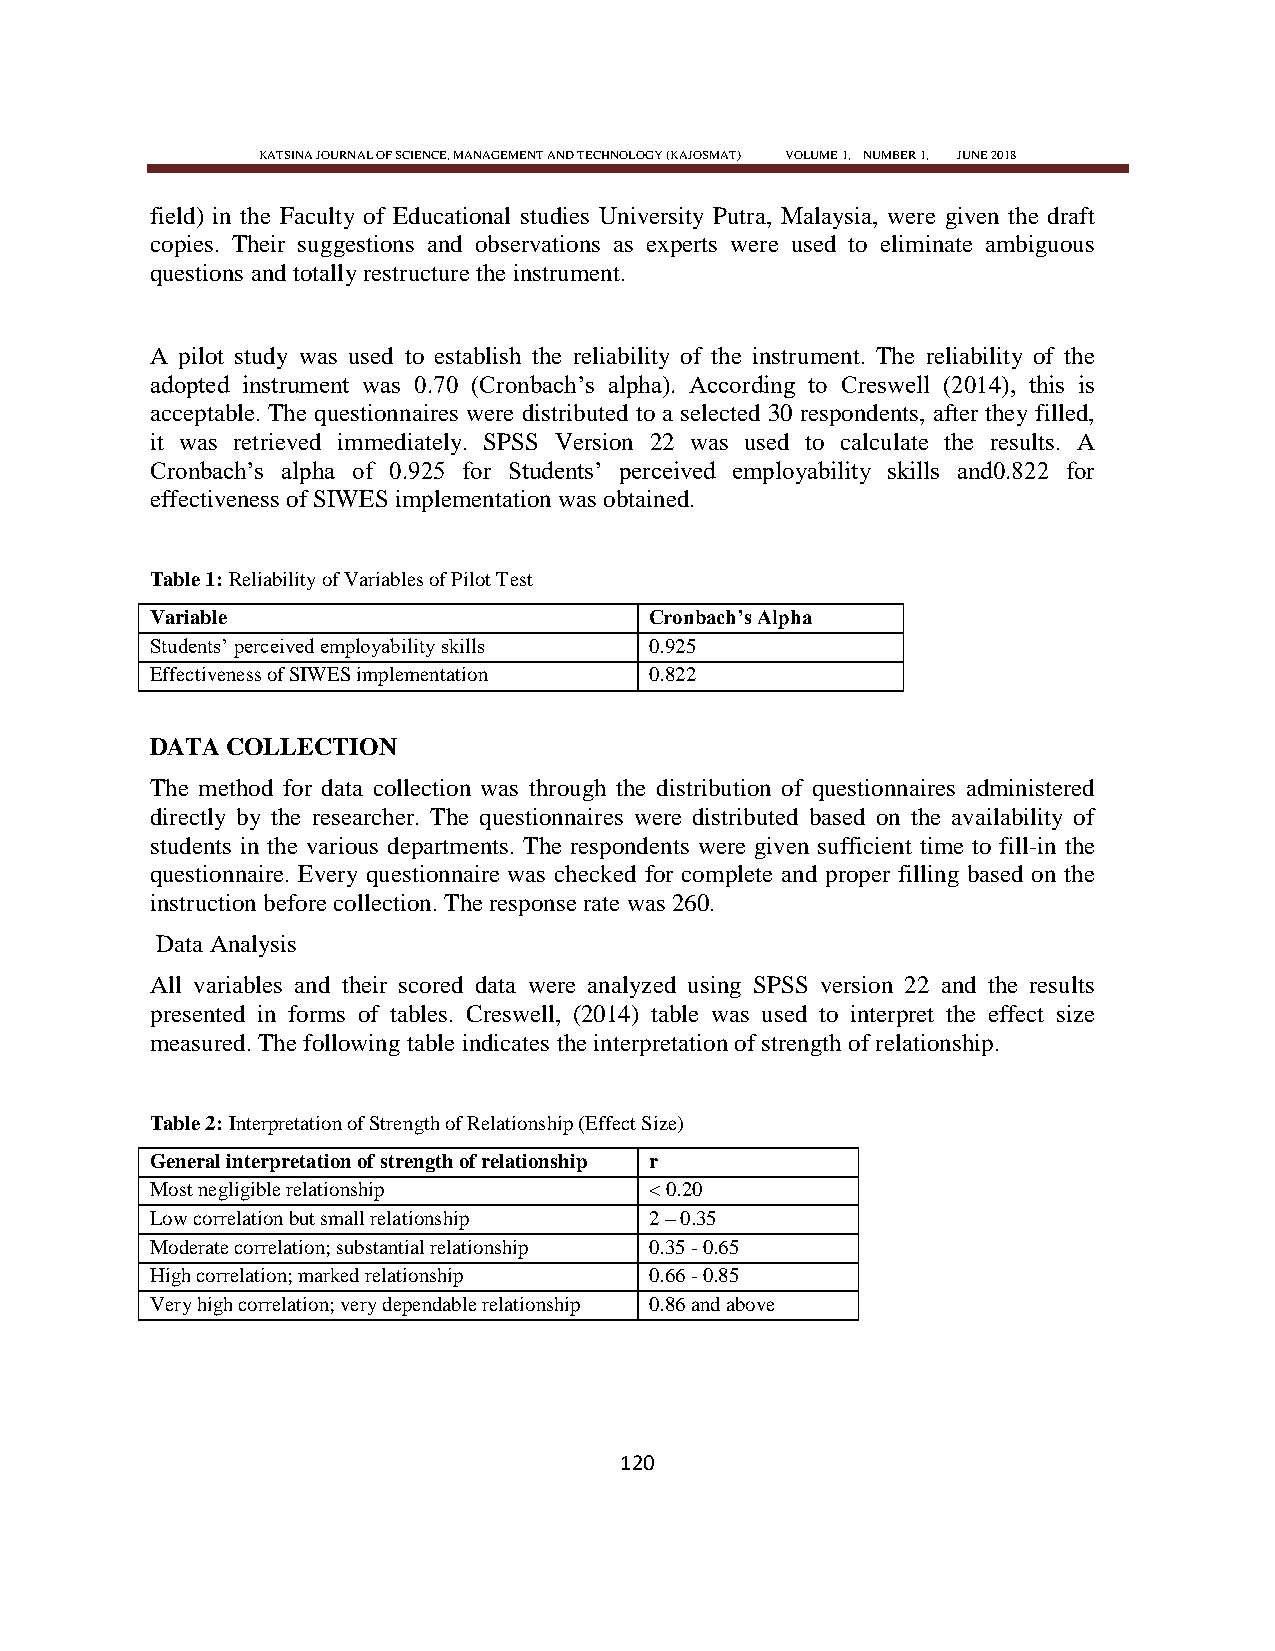
KATSINA JOURNAL OF SCIENCE, MANAGEMENT AND TECHNOLOGY (KAJOSMAT) VOLUME 1, NUMBER 1, JUNE 2018
 field) in the Faculty of Educational studies University Putra, Malaysia, were given the draft
 copies. Their suggestions and observations as experts were used to eliminate ambiguous
 questions and totally restructure the instrument.
 A pilot study was used to establish the reliability of the instrument. The reliability of the
 adopted instrument was 0.70 (Cronbach‘s alpha). According to Creswell (2014), this is
 acceptable. The questionnaires were distributed to a selected 30 respondents, after they filled,
 it was retrieved immediately. SPSS Version 22 was used to calculate the results. A
 Cronbach‘s alpha of 0.925 for Students‘ perceived employability skills and0.822 for
 effectiveness of SIWES implementation was obtained.
 Table 1: Reliability of Variables of Pilot Test
 Variable                         Cronbach’s Alpha
 Students‘ perceived employability skills 0.925
 Effectiveness of SIWES implementation 0.822
 DATA COLLECTION
 The method for data collection was through the distribution of questionnaires administered
 directly by the researcher. The questionnaires were distributed based on the availability of
 students in the various departments. The respondents were given sufficient time to fill-in the
 questionnaire. Every questionnaire was checked for complete and proper filling based on the
 instruction before collection. The response rate was 260.
 Data Analysis
 All variables and their scored data were analyzed using SPSS version 22 and the results
 presented in forms of tables. Creswell, (2014) table was used to interpret the effect size
 measured. The following table indicates the interpretation of strength of relationship.
 Table 2: Interpretation of Strength of Relationship (Effect Size)
 General interpretation of strength of relationship r
 Most negligible relationship     < 0.20
 Low correlation but small relationship 2 – 0.35
 Moderate correlation; substantial relationship 0.35 - 0.65
 High correlation; marked relationship 0.66 - 0.85
 Very high correlation; very dependable relationship 0.86 and above
 120